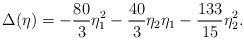
LaTeX: \begin{align*}\Delta(\eta) =-\frac{80}{3} \eta_1^2-\frac{40}{3} \eta_2\eta_1-\frac{133}{15}\eta_2^2.\end{align*}